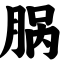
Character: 脶